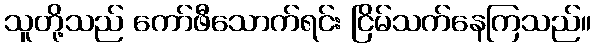
သူတို့သည် ကော်ဖီသောက်ရင်း ငြိမ်သက်နေကြသည်။